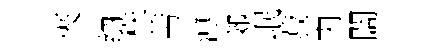
夾纳秩芾溥郊岷菽肉闊